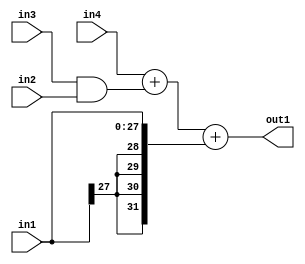
`timescale 1ps / 1ps
/*****************************************************************************
    Verilog RTL Description
    
    
    Created by: Stratus DpOpt 2019.1.01 
*******************************************************************************/

module DC_Filter_Add3s28And2u1u1s32_1 (
	in4,
	in3,
	in2,
	in1,
	out1
	); /* architecture "behavioural" */ 
input [31:0] in4;
input  in3,
	in2;
input [27:0] in1;
output [31:0] out1;
wire [31:0] asc001;
wire  asc002;

assign asc002 = 
	(in3)
	&(in2);

wire [31:0] asc001_tmp_0;
assign asc001_tmp_0 = 
	+(in4)
	+(asc002);
assign asc001 = asc001_tmp_0
	+({{4{in1[27]}}, in1});

assign out1 = asc001;
endmodule

/* CADENCE  uLj0Tgw= : u9/ySgnWtBlWxVPRXgAZ4Og= ** DO NOT EDIT THIS LINE ******/